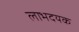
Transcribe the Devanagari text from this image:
लाभदयक